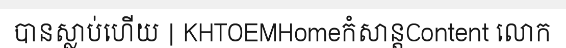
បានស្លាប់ហើយ | KHTOEMHomeកំសាន្តContent លោក